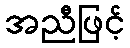
အညီဖြင့်